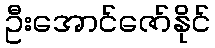
ဦးအောင်ဇော်နိုင်